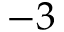
- 3